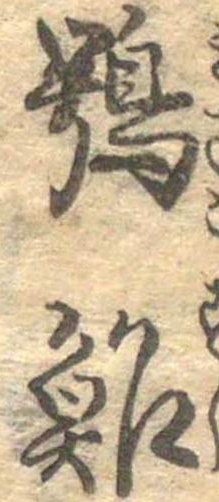
鴞鮓